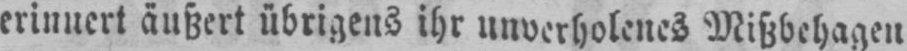
erinnert äußert übrigens ihr unverholenes Mißbehagen